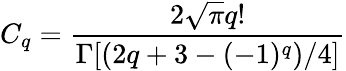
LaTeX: C_{q}=\frac{2\sqrt{\pi}q!}{\Gamma[(2q+3-(-1)^{q})/4]}